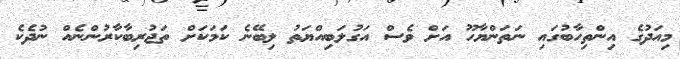
މިއަދުގެ އިންތިހާބުގައި ނަތަންޔާހޫ އަށް ވެސް އަގުލަބިއްޔަތު ލިބޭނެ ކަމަކަށް ތަޖުރިބާކާރުންނެއް ނުދެކެ